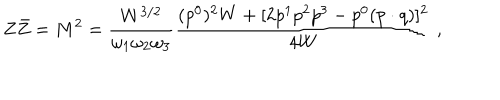
Z \bar { Z } = M ^ { 2 } = \frac { W ^ { 3 / 2 } } { \omega _ { 1 } \omega _ { 2 } \omega _ { 3 } } \frac { ( p ^ { 0 } ) ^ { 2 } W + [ 2 p ^ { 1 } p ^ { 2 } p ^ { 3 } - p ^ { 0 } ( p \cdot q ) ] ^ { 2 } } { 4 W } \ ,